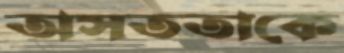
অসততাকে